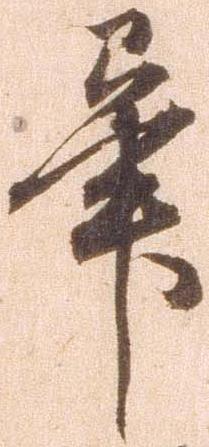
畢